Indian Civil Veterinary Department memoirs
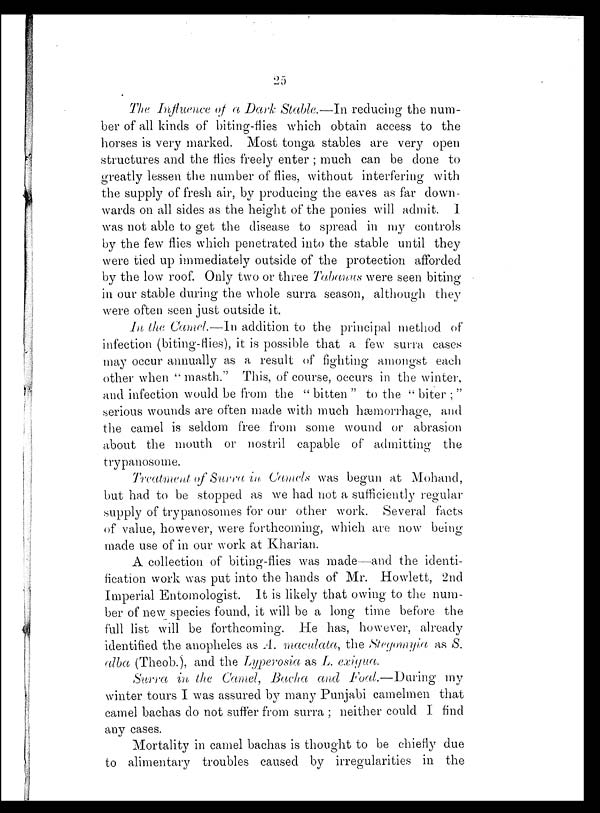
25
The Influence of a Dark Stable.—In reducing the num-
ber of all kinds of biting-flies which obtain access to the
horses is very marked. Most tonga stables are very open
structures and the flies freely enter ; much can be done to
greatly lessen the number of flies, without interfering with
the supply of fresh air, by producing the eaves as far down-
wards on all sides as the height of the ponies will admit. I
was not able to get the disease to spread in my controls
by the few flies which penetrated into the stable until they
were tied up immediately outside of the protection afforded
by the low roof. Only two or three Tabanus were seen biting
in our stable during the whole surra season, although they
were often seen just outside it.
In the Camel.—In addition to the principal method of
infection (biting-flies), it is possible that a few surra cases
may occur annually as a result of fighting amongst each
other when " masth." This, of course, occurs in the winter,
and infection would be from the " bitten " to the " biter ; "
serious wounds are often made with much hæmorrhage, and
the camel is seldom free from some wound or abrasion
about the mouth or nostril capable of admitting the
trypanosome.
Treatment of Surra in Camels was begun at Mohand,
but had to be stopped as we had not a sufficiently regular
supply of trypanosomes for our other work. Several facts
of value, however, were forthcoming, which are now being-
made use of in our work at Kharian.
A collection of biting-flies was made—and the identi-
fication work was put into the hands of Mr. Howlett, 2nd
Imperial Entomologist. It is likely that owing to the num-
ber of new species found, it will be a long time before the
full list will be forthcoming. He has, however, already
identified the anopheles as A. maculata, the Stegomyia as S.
alba (Theob.), and the Lyperosia as L. exigua.
Surra in the Camel, Bacha and Foal.—During
my
winter tours I was assured by many Punjabi camelmen that
camel bachas do not suffer from surra ; neither could I find
any cases.
Mortality in camel bachas is thought to be chiefly due
to alimentary troubles caused by irregularities in the